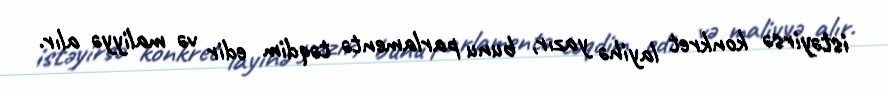
istəyirsə konkret layihə yazır, bunu parlamentə təqdim edir və maliyyə alır.